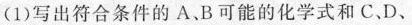
(1)写出符合条件的A、B可能的化学式和C、D、